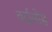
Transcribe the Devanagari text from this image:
वर्दालोस